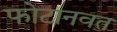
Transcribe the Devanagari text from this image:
फोटानवत